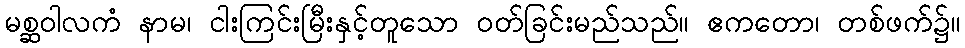
မစ္ဆဝါလကံ နာမ၊ ငါးကြင်းမြီးနှင့်တူသော ဝတ်ခြင်းမည်သည်။ ဧကတော၊ တစ်ဖက်၌။